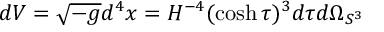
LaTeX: d V = \sqrt { - g } d ^ { 4 } x = H ^ { - 4 } ( \cosh \tau ) ^ { 3 } d \tau d \Omega _ { S ^ { 3 } }